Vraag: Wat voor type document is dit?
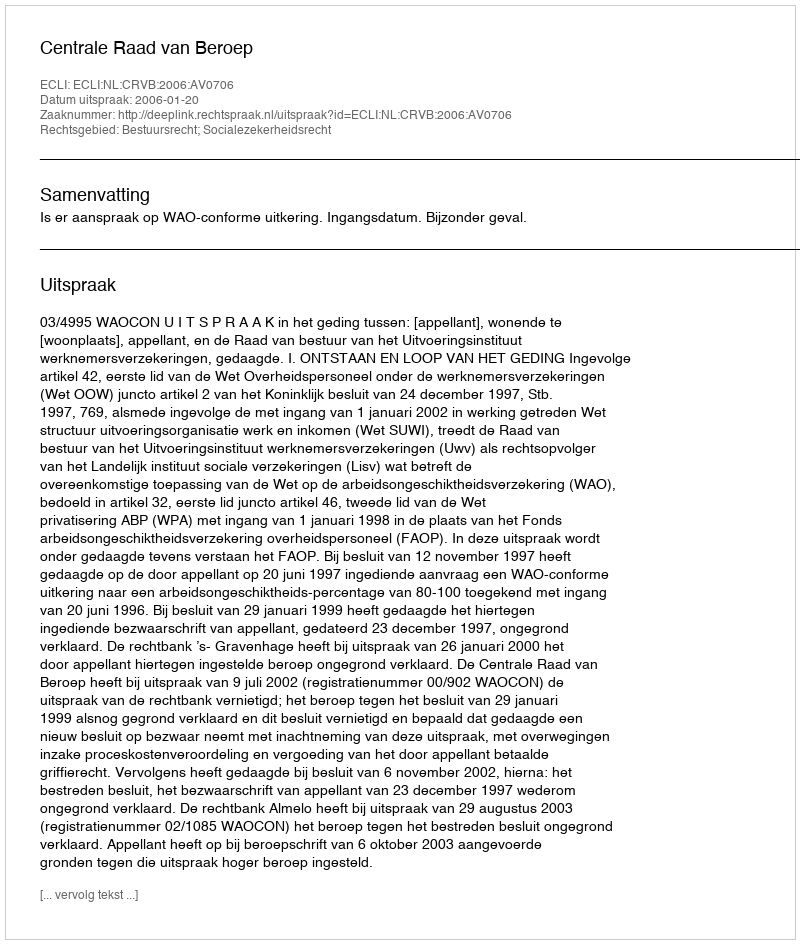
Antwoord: Uitspraak